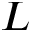
L